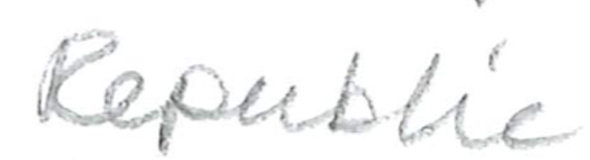
Text: Republic
Cross-out: clean
Writing tool: pencil